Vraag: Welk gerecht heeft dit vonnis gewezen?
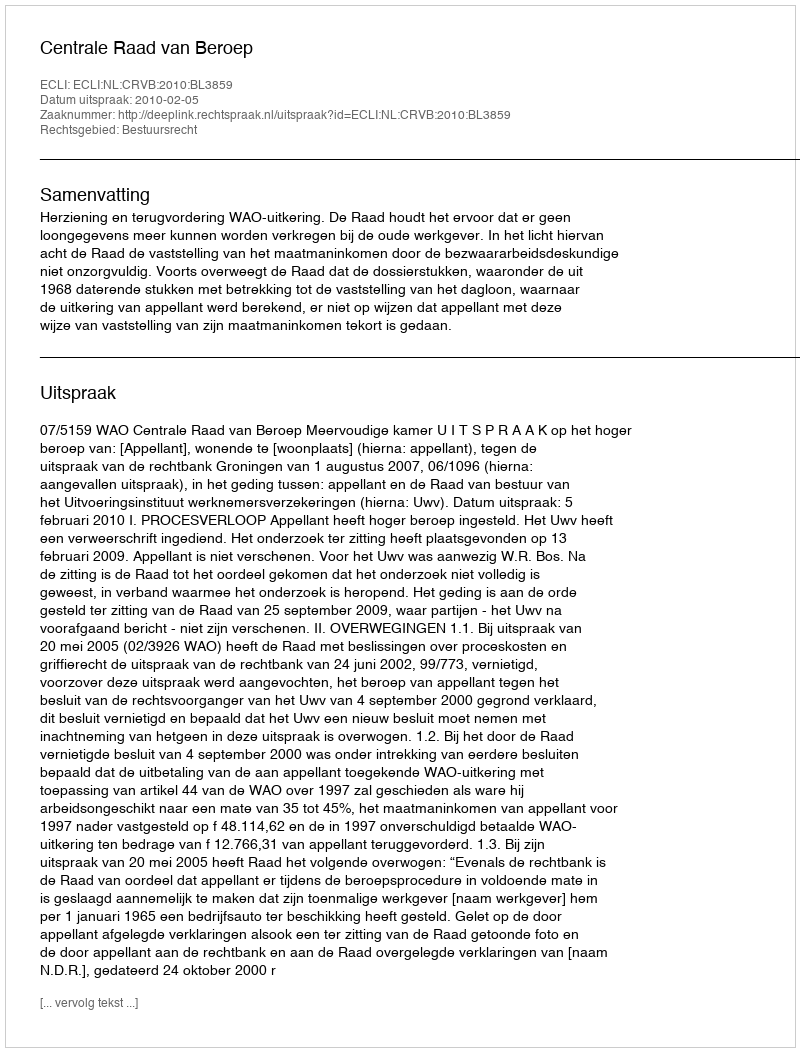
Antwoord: Centrale Raad van Beroep